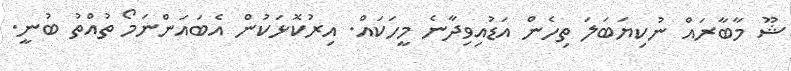
ޝޫ މާބާރައް ނުކިޔަބަލަ ތިހެން އަޑުއިވިދާނެ މީހަކައް. އިރުކޮޅަކުން އެބައަންނަމޯ ތުއްތު ބުނީ.